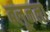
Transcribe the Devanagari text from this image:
बलूनला